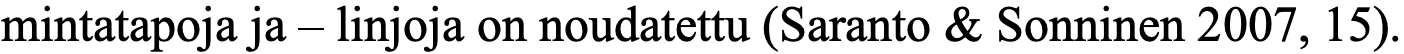
mintatapoja ja – linjoja on noudatettu (Saranto & Sonninen 2007, 15).